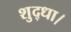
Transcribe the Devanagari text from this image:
शुद्धा।